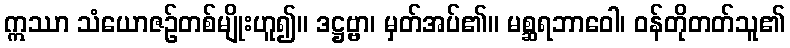
ဣဿာ သံယောဇဉ်တစ်မျိုးဟူ၍။ ဒဋ္ဌဗ္ဗာ၊ မှတ်အပ်၏။ မစ္ဆရဘာဝေါ၊ ဝန်တိုတတ်သူ၏